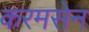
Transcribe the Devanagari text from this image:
करमसेन